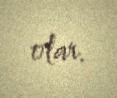
olar.